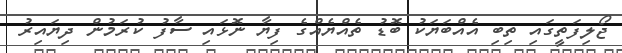
ޖޯލިފަތީގައި ތިބި އެއްބަޔަކު ބޮޑު ތެއްޔެއްގެ ފިޔާ ނޮޅައި ސާފު ކުރަމުން ދިޔައިރު